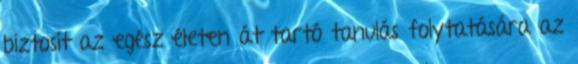
biztosít az egész életen át tartó tanulás folytatására az